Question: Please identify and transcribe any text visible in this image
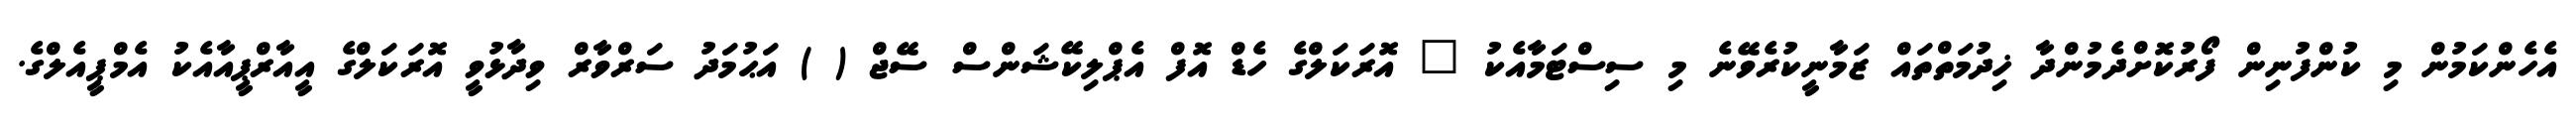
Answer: އެހެންކަމުން މި ކުންފުނިން ފޯރުކޮށްދެމުންދާ ޚިދުމަތްތައް ޒަމާނީކުރެވޭނެ މި ސިސްޓަމާއެކު " އޮރަކަލްގެ ހެޑް އޮފް އެޕްލިކޭޝަންސް ސޭޖް ( ) އަޙުމަދު ސަރްވާރް ވިދާޅުވީ އޮރަކަލްގެ އީއާރްޕީއާއެކު އެމްޕީއެލްގެ.